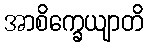
အာစိက္ခေယျာတိ